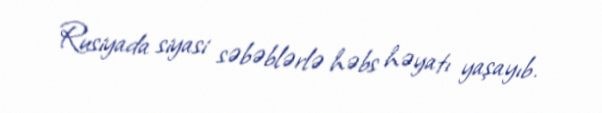
Rusiyada siyasi səbəblərlə həbs həyatı yaşayıb.